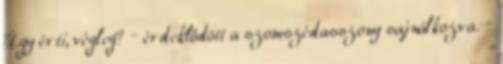
Úgy érti, végleg? – érdeklődött a szomszédasszony sajnálkozva. –